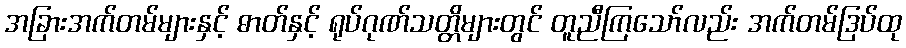
အခြားအက်တမ်များနှင့် ဓာတ်နှင့် ရုပ်ဂုဏ်သတ္တိများတွင် တူညီကြသော်လည်း အက်တမ်ဒြပ်ထု